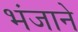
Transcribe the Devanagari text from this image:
भंजाने